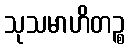
သုသမာဟိတဉ္စ